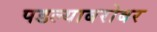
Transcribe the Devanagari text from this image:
पडल्याबरोबर